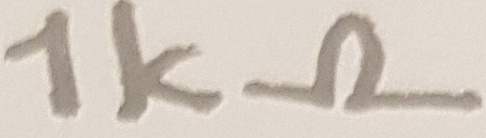
Text: 1kΩ